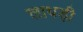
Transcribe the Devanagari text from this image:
लाथड़ी